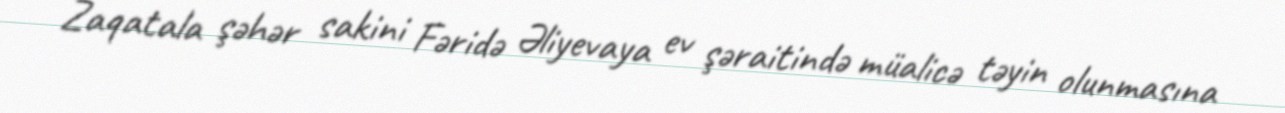
Zaqatala şəhər sakini Fəridə Əliyevaya ev şəraitində müalicə təyin olunmasına